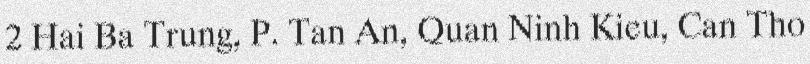
2 Hai Ba Trung, P. Tan An, Quan Ninh Kieu, Can Tho